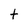
Character: t